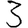
Digit: 3